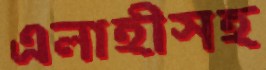
এলাহীসহ